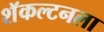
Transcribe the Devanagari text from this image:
शॅकल्टनला